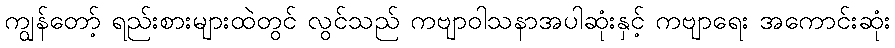
ကျွန်တော့် ရည်းစားများထဲတွင် လွင်သည် ကဗျာဝါသနာအပါဆုံးနှင့် ကဗျာရေး အကောင်းဆုံး